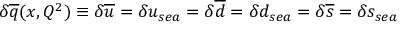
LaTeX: \delta \overline { { { q } } } ( x , Q ^ { 2 } ) \equiv \delta \overline { { { u } } } = \delta u _ { s e a } = \delta \overline { { { d } } } = \delta d _ { s e a } = \delta \overline { { { s } } } = \delta s _ { s e a }